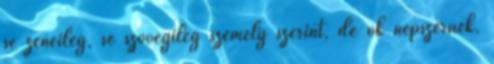
se zeneileg, se szövegileg személy szerint, de ők népszerűek,